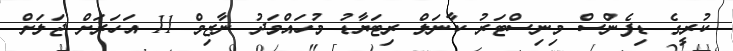
ކުރީގެ ޑިފެންސް މިނިސްޓަރު ކާނަލް ރިޓަޔާޑު މުހައްމަދު ނާޒިމް 11 އަހަރަށް ޖަލަށް